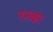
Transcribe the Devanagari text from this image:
रुब्ब्रा